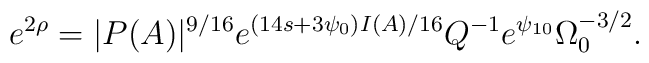
e^{2\rho}=|P(A)|^{9/16}e^{(14s+3\psi_0)I(A)/16}Q^{-1}e^{\psi_{10}}\Omega_0^{-3/2}.